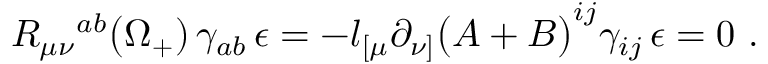
R _ { \mu \nu } { } ^ { a b } \bigl ( \Omega _ { + } ) \, \gamma _ { a b } \, \epsilon = - l _ { [ \mu } \partial _ { \nu ] } \bigl ( { \cal A } + { \cal B } \bigr ) ^ { i j } \gamma _ { i j } \, \epsilon = 0 \ .